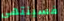
فسينتهي